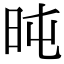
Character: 旽